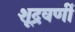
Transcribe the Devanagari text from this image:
शूद्रवर्णी